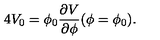
4 V _ { 0 } = \phi _ { 0 } { \frac { \partial V } { \partial \phi } } ( \phi = \phi _ { 0 } ) .